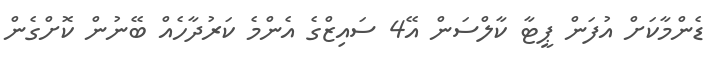
ޑެންމާކަށް އުފަން ޕީޓާ ކާލްސަން އޭ4 ސައިޒްގެ އެންމެ ކަރުދާހެއް ބޭނުން ކޮށްގެން